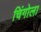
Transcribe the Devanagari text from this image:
चिंगोला